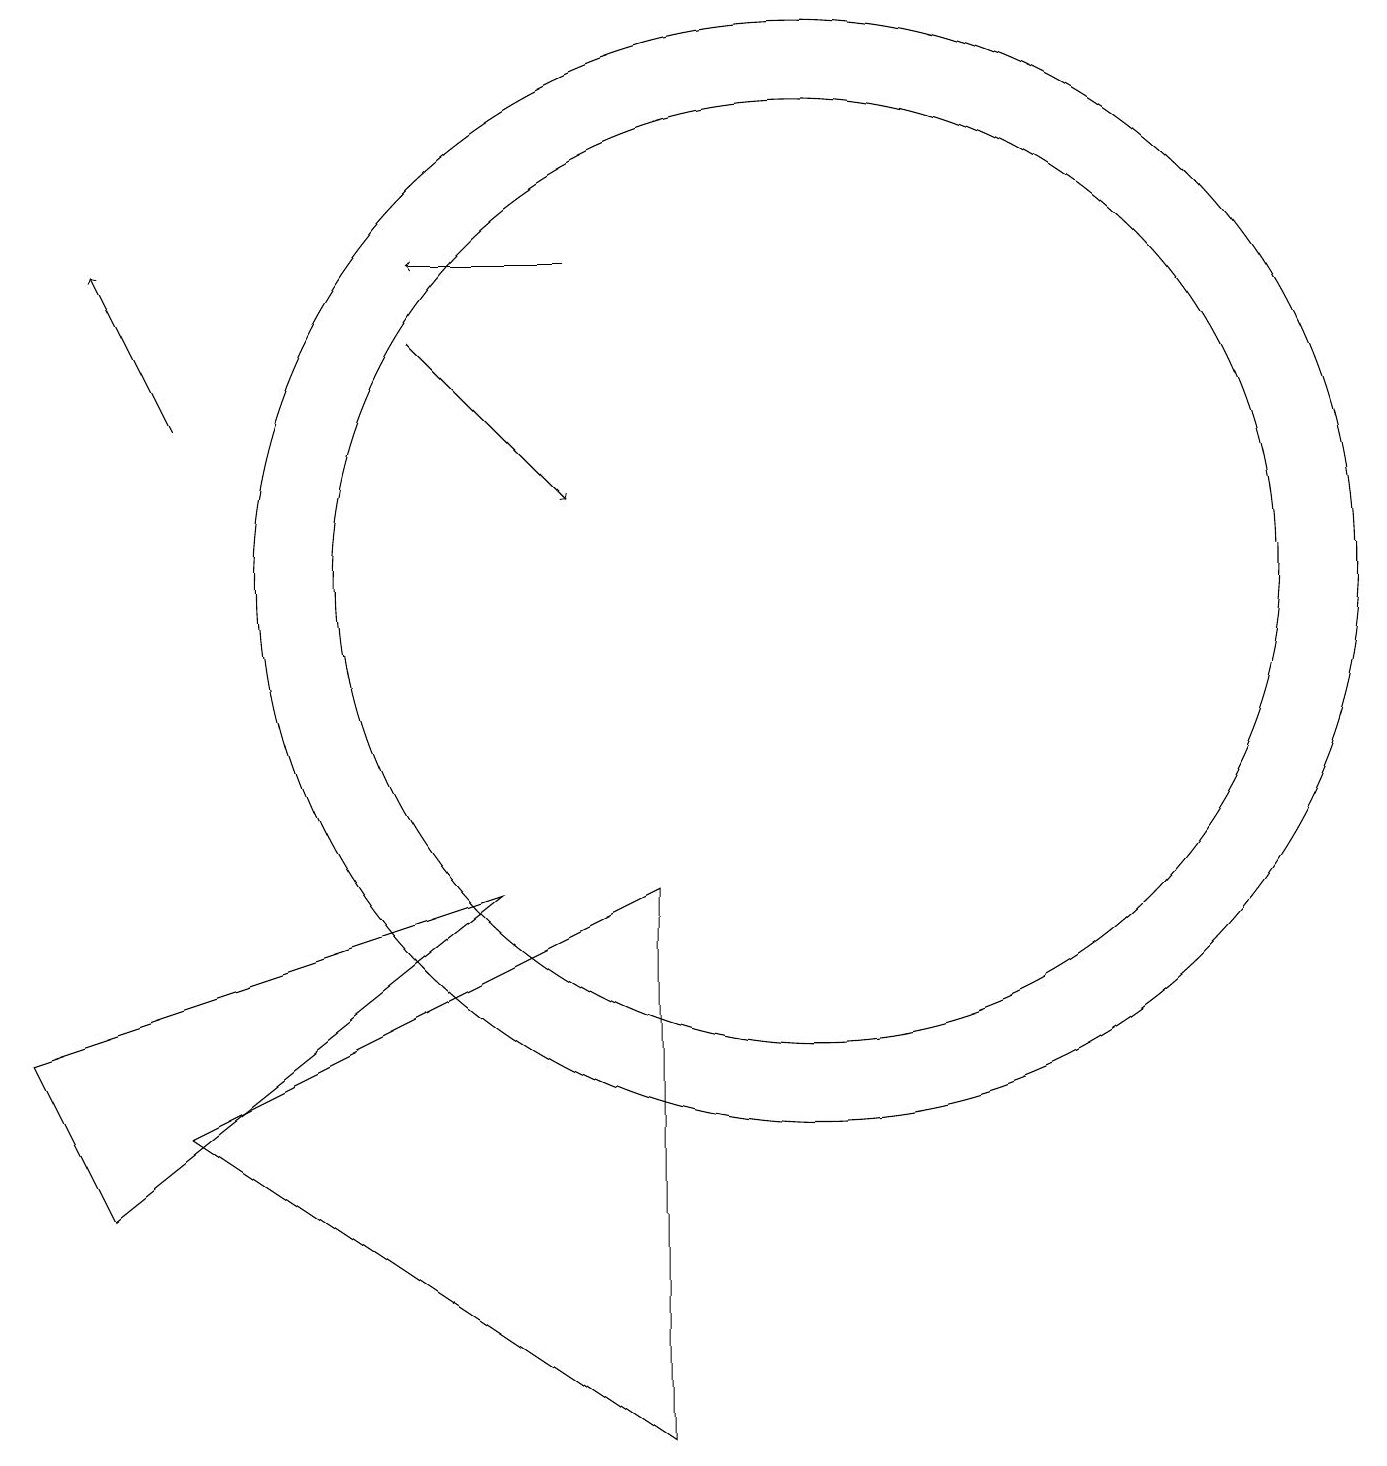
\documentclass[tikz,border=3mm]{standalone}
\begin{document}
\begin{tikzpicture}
\draw[->] (2,13) -- (1,15);
\draw[->] (5,14) -- (7,12);
\draw (10,11) circle (6);
\draw (2,4) -- (8,7) -- (8,0) -- cycle;
\draw (10,11) circle (7);
\draw[->] (7,15) -- (5,15);
\draw (1,3) -- (0,5) -- (6,7) -- cycle;
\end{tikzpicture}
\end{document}